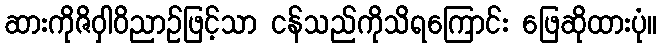
ဆားကိုဇိဝှါဝိညာဉ်ဖြင့်သာ ငန်သည်ကိုသိရကြောင်း ဖြေဆိုထားပုံ။